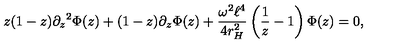
z ( 1 - z ) { \partial _ { z } } ^ { 2 } \Phi ( z ) + ( 1 - z ) \partial _ { z } \Phi ( z ) + \frac { \omega ^ { 2 } \ell ^ { 4 } } { 4 r _ { H } ^ { 2 } } \left( \frac { 1 } { z } - 1 \right) \Phi ( z ) = 0 ,